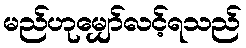
မည်ဟုမျှော်လင့်ရသည်